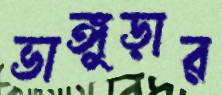
ভাঙ্গুড়ার